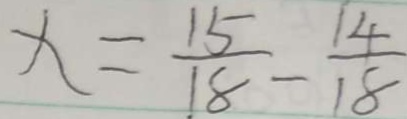
x = \frac { 1 5 } { 1 8 } - \frac { 1 4 } { 1 8 }